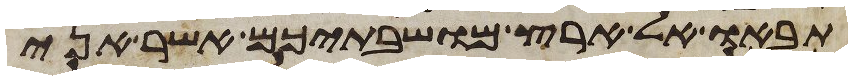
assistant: תבאו אל ארץ מושבתיכם אשר אני